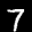
Label: 7